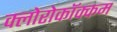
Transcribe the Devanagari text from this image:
क्लोरोकॉक्कम